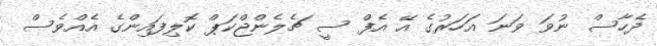
ދެހާސް ނުވަ ވަނަ އަހަރުގެ އޭ އެފް ސީ ޗެލެންޖްކަޕް ކޮލިފައިންގެ އެއްވެސް